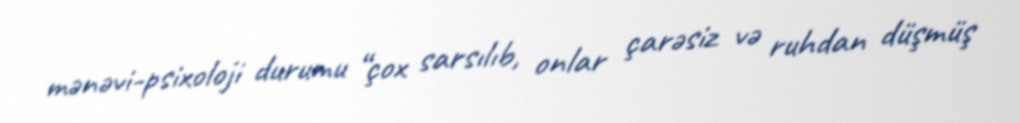
mənəvi-psixoloji durumu “çox sarsılıb, onlar çarəsiz və ruhdan düşmüş